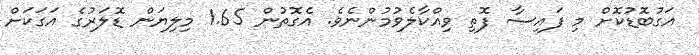
އަގުބޮޑުކޮށް މި ފައިސާ ފޮތި ވިއްކާލެވުމުންނެވެ. އެގޮތުން 1.65 މިލިޔަން ޑޮލަރުގެ އަގަކަށް